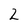
Character: 2